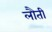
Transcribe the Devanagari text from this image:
लौती